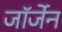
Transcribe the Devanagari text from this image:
जॉर्जेन